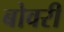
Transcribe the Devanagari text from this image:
बोवरी